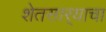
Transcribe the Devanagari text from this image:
शेतसार्‍याचा